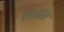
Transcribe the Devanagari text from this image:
बिभ्रति